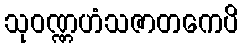
သုဝဏ္ဏဟံသဇာတကေပိ